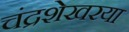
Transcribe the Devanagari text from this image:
चंद्रशेखरया